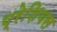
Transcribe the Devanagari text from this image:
प्रेशियस